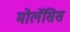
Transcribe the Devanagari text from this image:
मोलॅसिस